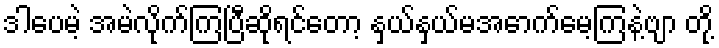
ဒါပေမဲ့ အမဲလိုက်ကြပြီဆိုရင်တော့ နှယ်နှယ်မအောက်မေ့ကြနဲ့ဗျာ တို့